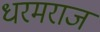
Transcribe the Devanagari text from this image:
धरमराज